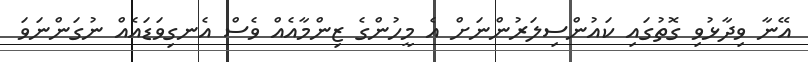
އޭނާ ވިދާޅުވި ގޮތުގައި ކައުންސިލަރުންނަށް އެ މީހުންގެ ޒިންމާއެއް ވެސް އެނގިވަޑައެއް ނުގަންނަވަ